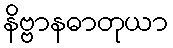
နိဗ္ဗာနဓာတုယာ